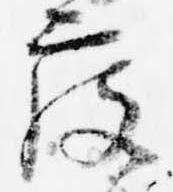
度